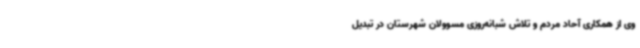
وی از همکاری آحاد مردم و تلاش شبانه‌روزی مسوولان شهرستان در تبدیل